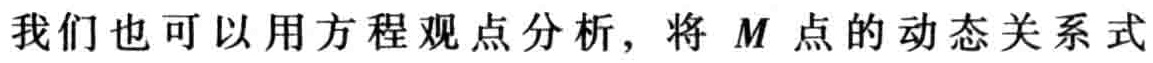
我们也可以用方程观点分析，将 \(M\) 点的动态关系式